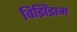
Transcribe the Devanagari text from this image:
विझिंझम